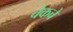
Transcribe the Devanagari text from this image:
चेकचे